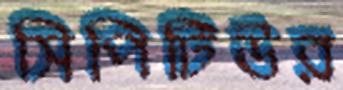
সিপিটিউর